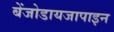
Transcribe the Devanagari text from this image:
बेंजोडायजापाइन